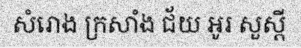
សំរោង ក្រសាំង ជ័យ អូរ សួស្តី